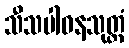
သီသပါဝနသုတ္တံ